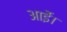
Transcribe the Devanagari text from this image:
आईे।